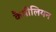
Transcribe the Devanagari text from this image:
कैमीलियन